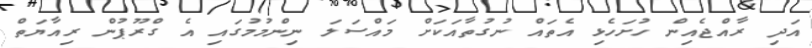
އަދި ރާއްޖެއިން ހުށަހެޅި އެތައް ނުގުތާއަކަށް މައްސަލަ ނިންމުމުގައި އެ ގްރޫޕުން ރިއާޔަތް